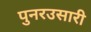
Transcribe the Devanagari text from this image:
पुनरउसारी